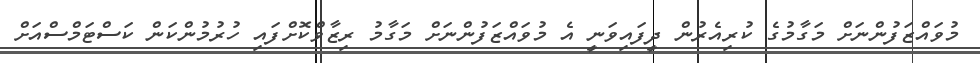
މުވައްޒަފުންނަށް މަގާމުގެ ކުރިއެރުން ދީފައިވަނީ އެ މުވައްޒަފުންނަށް މަގާމު ރިޒާވްކޮށްފައި ހުރުމުންކަން ކަސްޓަމްސްއަށް